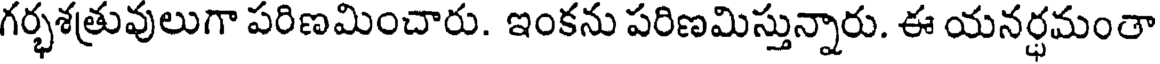
గర్భశత్రువులుగా పరిణమించారు. ఇంకను పరిణమిస్తున్నారు. ఈ యనర్ధమంతా